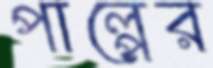
পাল্পের